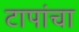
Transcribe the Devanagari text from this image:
टापांचा